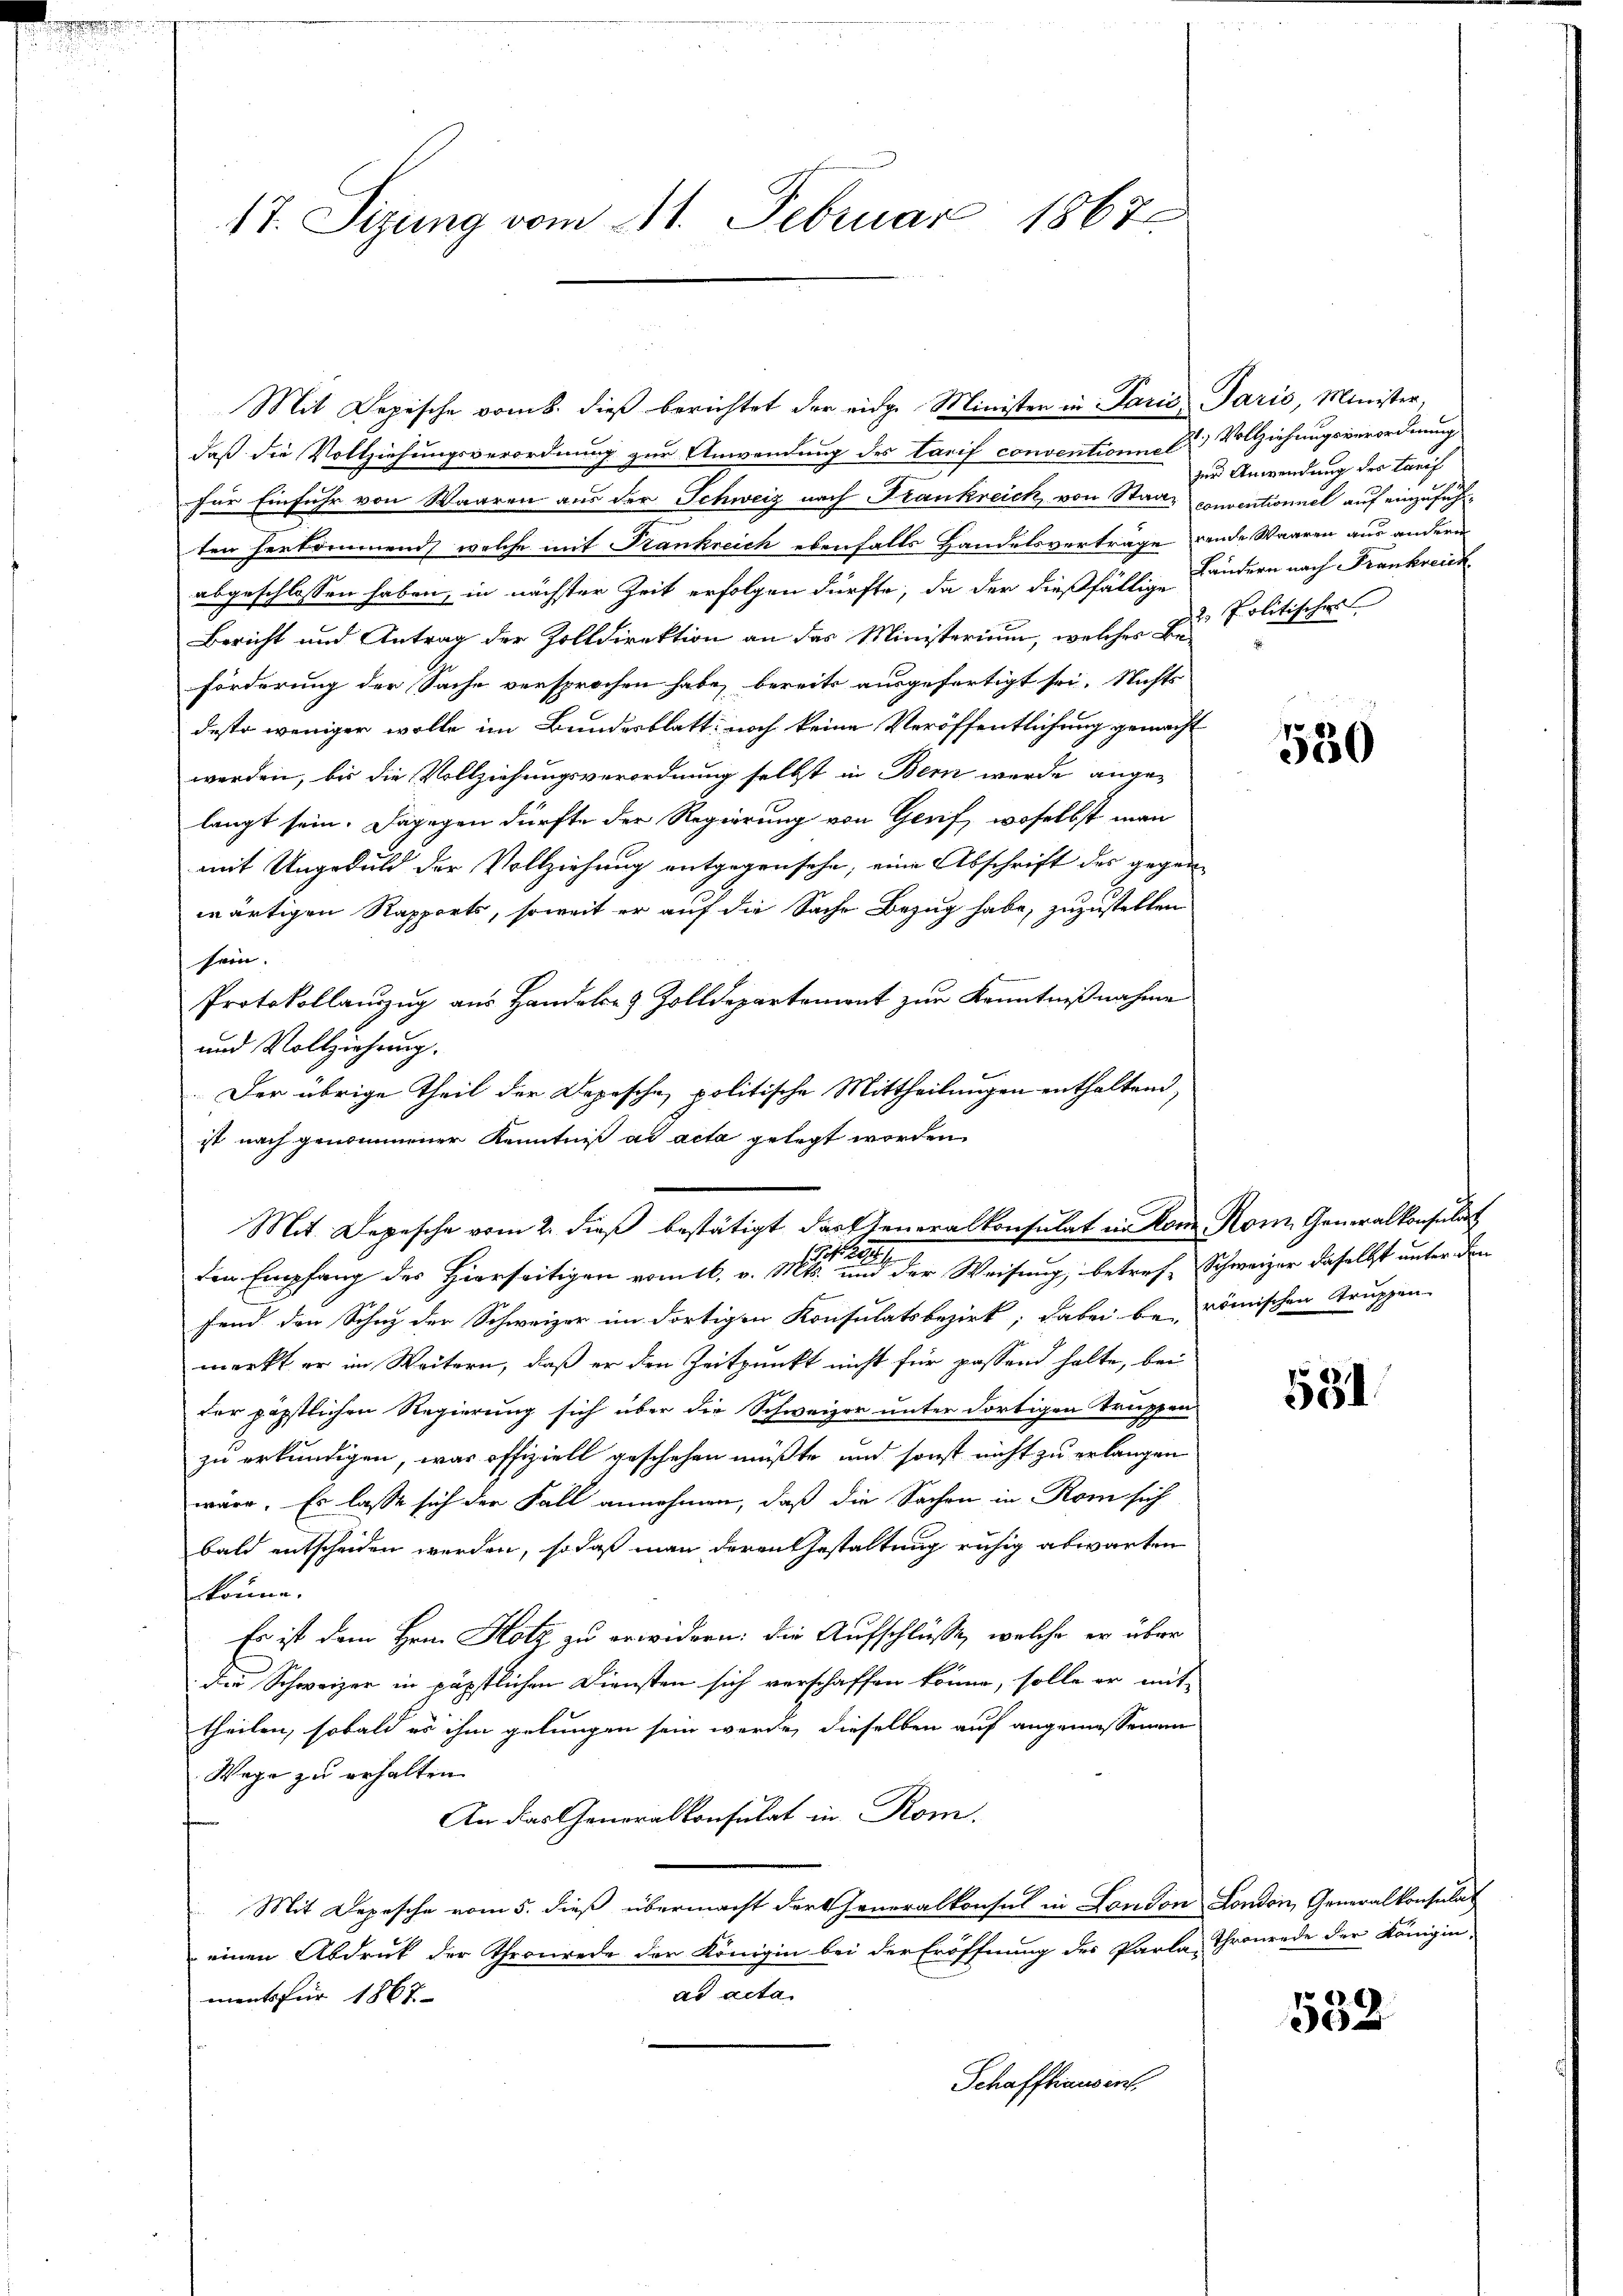
17. Sizung vom 11. Februar 1867

daß die Vollziehungsverordnung zur Anwendung des Tarif conventiones Dr Vollziehungsverordnung
für Einfuhr von Waaren aus der Schweiz nach Frankreich von Staat conventionnel auf einzufühten herkommend, welche mit Frankreich ebenfalls Handelsverträge rende Waaren aus andern
abgeschlossen haben, in nächster Zeit erfolgen dürfte, da der dießfällige Landern nach Frankreich
Bericht und Antrag der Zolldirektion an das Ministerium, welches Be-
förderung der Sache versprochen habe, bereits ausgefertigt sei. Nichts
desto weniger wolle im Bundesblatt noch keine Veröffentlichung gemacht
werden, bis die Vollziehungsverordnung selbst in Bern wurde angelangt sein. Dagegen dürfte der Regierung von Gerif, woselbst man
mit Ungeduld der Vollziehung entgegensehe, eine Abschrift der gegen-
wärtigen Rapports, soweit er auf die Sache Bezug habe, zuzustellen
sein.
Protokollauszug aus Handele & Zolldepartemont zur Kenntnißnahme
und Vollziehung.
Der übrige Theil der Depesche politische Mittheilungen enthaltend,
ist nach genommener Kenntniß ad acta gelegt worden.
fend den Schuz der Schweizer im dortigen Konsulatsbezirk, dabei be- römischen Truppen-
merkt er im Weitern, daß er den Zeitpunkt nicht für passend halte, bei
der päpstlichen Regierung sich über die Schweizer unter dortigen Truppen-
zu erkundigen, was offiziell geschehen müßte und sonst nicht zu erlangen
wäre. Es lasse sich der Fall annehmen, daß die Sachen in Rom sich
bald entscheiden werden, so daß man deren Gestaltung ruhig abwarten
könne.
Es ist dem Hrn. Hotz zu erwidern: die Aufschlüsse, welche er über
Der Schweizer in päpstlichen Diensten sich verschaffen könne, solle er mit-
theilen, sobald es ihm gelungen sein werde, dieselben auf angemessenen
Wege zu erhalten.
An das Generalkonsulat in Rom.
Mit Depesche vom 5. dieß übermacht der Generalkonsul in London London, Generalkonsulat
einen Abdruck der Thronrede der Königin bei der Eröffnung des Parla-Thronrede der Königin-
ad acta.
ments für 1867
Schaffhausent.

Mit Depische vom 8. dieβ berichtet der eidge Ministen in Paris Paris, Minister,

Mit Depesche vom 2. dieß bestätigt das Generalkonsulat in von Rom. Generalkonsulat
den Empfang des Hierseitigen vom 16. v. Mts. und der Weisung, betref- Schweizer daselbst unter den

zur Anwendung des Tarif
2 Politische

530

531

.
552